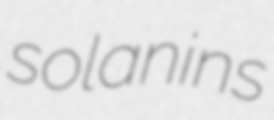
solanins